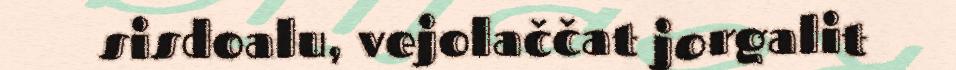
sisdoalu, vejolaččat jorgalit